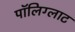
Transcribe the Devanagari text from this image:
पॉलिग्लाट